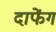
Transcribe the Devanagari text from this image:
दाफेंग